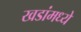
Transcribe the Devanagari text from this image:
खडांमध्ये